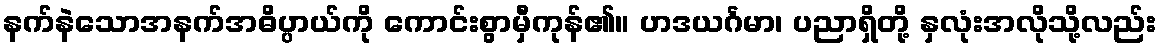
နက်နဲသောအနက်အဓိပ္ပာယ်ကို ကောင်းစွာမှီကုန်၏။ ဟဒယင်္ဂမာ၊ ပညာရှိတို့ နှလုံးအလိုသို့လည်း